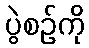
ပွဲစဉ်ကို